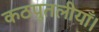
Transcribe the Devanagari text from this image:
कठपुतलीयाँ।